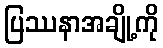
ပြဿနာအချို့ကို